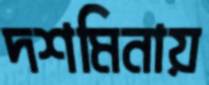
দশমিনায়